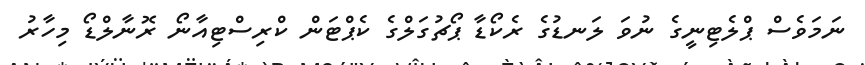
ނަމަވެސް ޕްލެޓިނީގެ ނުވަ ލަނޑުގެ ރެކޯޑާ ޕޯޗުގަލްގެ ކެޕްޓަން ކްރިސްޓިއާނޯ ރޮނާލްޑޯ މިހާރު